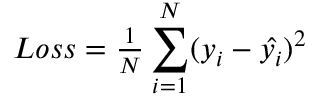
\begin{array} { r } { L o s s = \frac { 1 } { N } \displaystyle \sum _ { i = 1 } ^ { N } ( y _ { i } - \hat { y _ { i } } ) ^ { 2 } } \end{array}